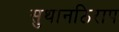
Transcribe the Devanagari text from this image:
सुथानठिराप